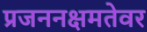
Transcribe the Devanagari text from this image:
प्रजननक्षमतेवर